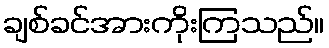
ချစ်ခင်အားကိုးကြသည်။